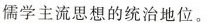
儒学主流思想的统治地位。